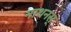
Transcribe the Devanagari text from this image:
नाथनस्